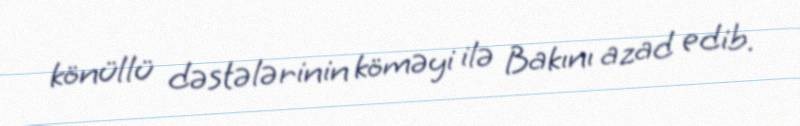
könüllü dəstələrinin köməyi ilə Bakını azad edib.